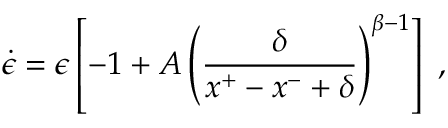
\dot { \epsilon } = \epsilon \left[ - 1 + A \left( \frac { \delta } { x ^ { + } - x ^ { - } + \delta } \right) ^ { \beta - 1 } \right] \; ,